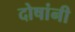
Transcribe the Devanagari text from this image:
दोषांनी